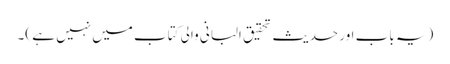
(یہ باب اور حدیث تحقیق البانی والی کتاب میں نہیں ہے )۔